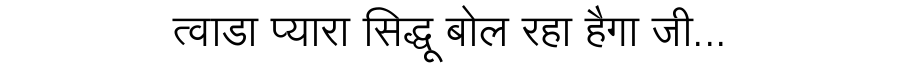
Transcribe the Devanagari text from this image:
त्वाडा प्यारा सिद्धू बोल रहा हैगा जी...